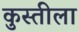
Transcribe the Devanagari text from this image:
कुस्तीला